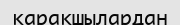
қарақшылардан